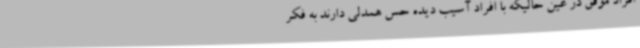
افراد موفق در عین حالیکه با افراد آسیب دیده حس همدلی دارند به فکر